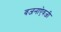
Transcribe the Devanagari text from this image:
वजनाऐवजी